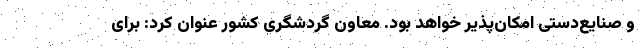
و صنایع‌دستی امکان‌پذیر خواهد بود. معاون گردشگری کشور عنوان کرد: برای